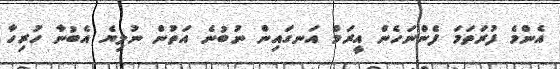
އެންމެ ފުރަތަމަ ފެންނަހެން އީރަމް އަނގައިން ނުބުނެ އަތުން ނުލިޔެ އެބުނާ ހުރިހާ